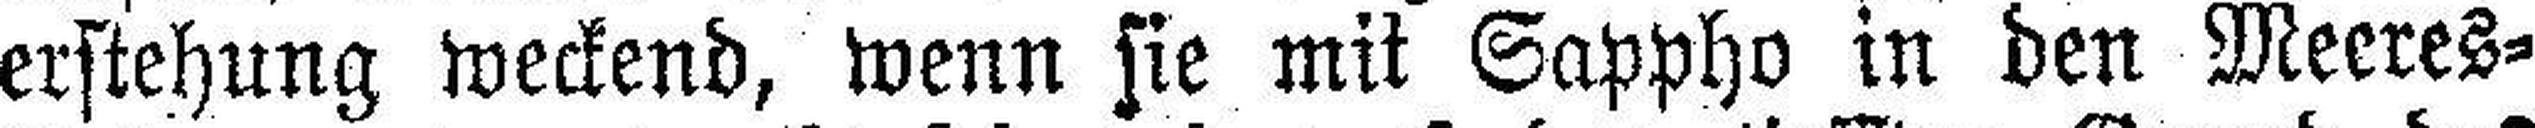
erstehung weckend, wenn sie mit Sappho in den Meeres¬